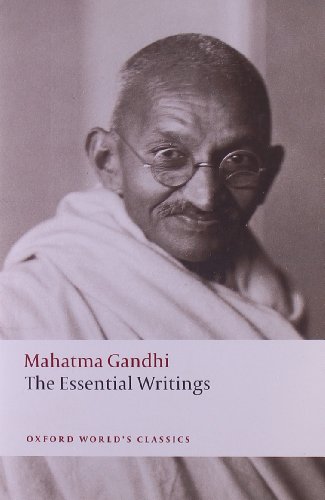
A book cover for The Essential Writings (Oxford World's Classics); Mahatma Gandhi; Biographies & Memoirs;